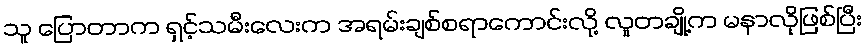
သူ ပြောတာက ရှင့်သမီးလေးက အရမ်းချစ်စရာကောင်းလို့ လူတချို့က မနာလိုဖြစ်ပြီး